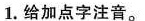
1.给加点字注音。